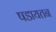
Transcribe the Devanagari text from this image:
षडायतन